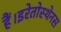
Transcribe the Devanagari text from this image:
हैं।इरेतोस्थेनस